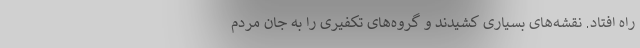
راه افتاد. نقشه‌های بسیاری کشیدند و گروه‌های تکفیری را به جان مردم